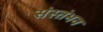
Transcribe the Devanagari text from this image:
संस्तंभन